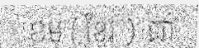
ខម ( ខ្មែរ ) ជា